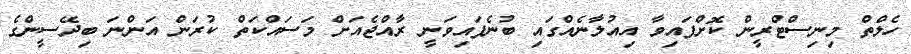
ހެލްތް މިނިސްޓްރީން ކޮށްފައިވާ އިއުލާނެއްގައި ބުނެފައިވަނީ ރާއްޖެއަށް މަސައްކަތް ކުރަން އަންނަ ބިދޭސީންގެ